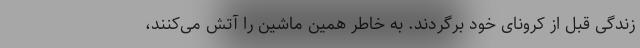
زندگی قبل از کرونای خود برگردند. به خاطر همین ماشین را آتش می‌کنند،